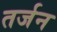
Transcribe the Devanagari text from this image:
तर्जन